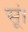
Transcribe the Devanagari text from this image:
सूं।